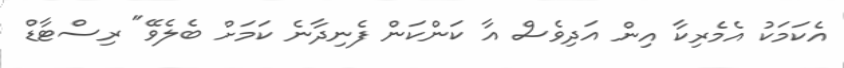
އެކަމަކު އެމެރިކާ އިން އަދިވެސް އާ ކަންކަން ފެނިދާނެ ކަމަށް ބެލެވޭ" ރިސްޓާޑް